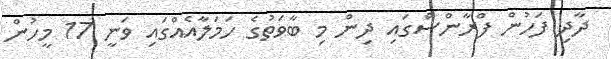
ދާދި ފަހުން ފްރާންސްގައި ދިން މި ބާވަތުގެ ހަމަލާއެއްގައި ވަނީ 17 މީހުން